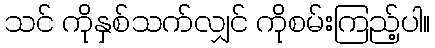
သင် ကိုနှစ်သက်လျှင် ကိုစမ်းကြည့်ပါ။